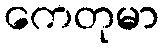
ကေတုမာ